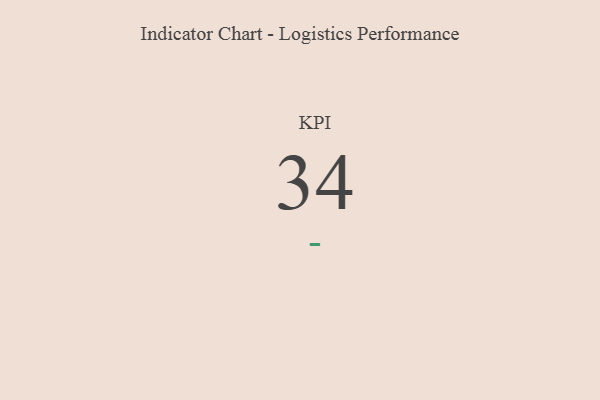
{"axis": {"x": "KPI", "y": "Value"}, "legend": [""], "data": [{"x": "KPI", "y": 34, "type": ""}]}